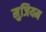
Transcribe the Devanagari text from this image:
मुजियम